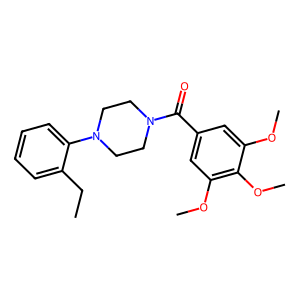
SMILES: CCc1ccccc1N1CCN(C(=O)c2cc(OC)c(OC)c(OC)c2)CC1
Inhibits HIV replication: No